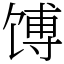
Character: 馎